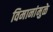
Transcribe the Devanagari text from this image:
विमानांमुळे